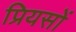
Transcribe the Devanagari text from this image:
प्रियसों